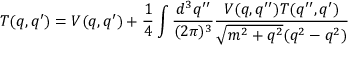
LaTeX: T ( q , q ^ { \prime } ) = V ( q , q ^ { \prime } ) + { \frac { 1 } { 4 } } \int { \frac { d ^ { 3 } q ^ { \prime \prime } } { ( 2 \pi ) ^ { 3 } } } { \frac { V ( q , q ^ { \prime \prime } ) T ( q ^ { \prime \prime } , q ^ { \prime } ) } { { \sqrt { m ^ { 2 } + q ^ { 2 } } } ( q ^ { 2 } - q ^ { 2 } ) } }